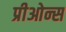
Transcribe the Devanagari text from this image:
प्रीओन्स